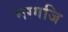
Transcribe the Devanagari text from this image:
नग्गजि